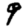
Digit: 9